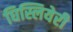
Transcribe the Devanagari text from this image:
घिस्लियेरी